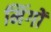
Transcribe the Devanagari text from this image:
मिंगों